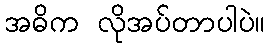
အဓိက လိုအပ်တာပါပဲ။